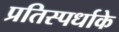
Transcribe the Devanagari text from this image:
प्रतिस्पर्धाके